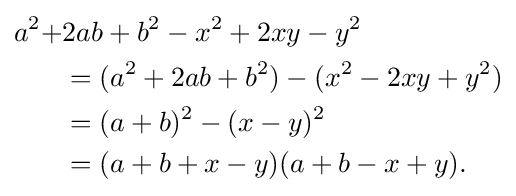
{\begin{aligned}a^{2}+&2ab+b^{2}-x^{2}+2xy-y^{2}\\&=(a^{2}+2ab+b^{2})-(x^{2}-2xy+y^{2})\\&=(a+b)^{2}-(x-y)^{2}\\&=(a+b+x-y)(a+b-x+y).\end{aligned}}